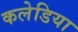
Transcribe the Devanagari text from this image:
कलेडिया